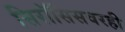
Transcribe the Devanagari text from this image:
सिरॉसिसवरही